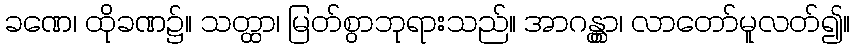
ခဏေ၊ ထိုခဏ၌။ သတ္ထာ၊ မြတ်စွာဘုရားသည်။ အာဂန္တွာ၊ လာတော်မူလတ်၍။